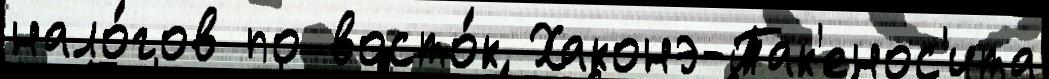
нало́гов по восто́к Хаконэ-Так'енос'ита